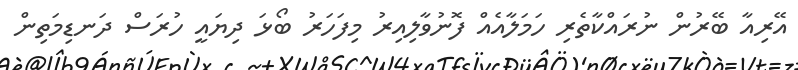
އޭރިއާ ބޭރުން ނުރައްކާތެރި ހަމަލާއެއް ފޮނުވާލިއިރު މިފަހަރު ބޯޅަ ދިޔައީ ހުރަސް ދަނޑިމަތިން